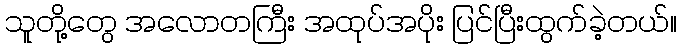
သူတို့တွေ အလောတကြီး အထုပ်အပိုး ပြင်ပြီးထွက်ခဲ့တယ်။